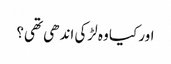
اور کیا وہ لڑکی اندھی تھی؟